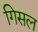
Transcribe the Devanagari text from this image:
गिसल